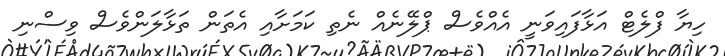
ހިޔާ ފްލެޓް އަޅާފައިވަނީ އެއްވެސް ޕްލޭނެއް ނެތި ކަމަށާއި އެތަން ތަޅާލަންވެސް ވިސްނި